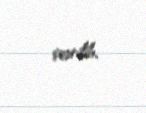
çevrilib.